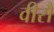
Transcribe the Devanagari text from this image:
वीरौ